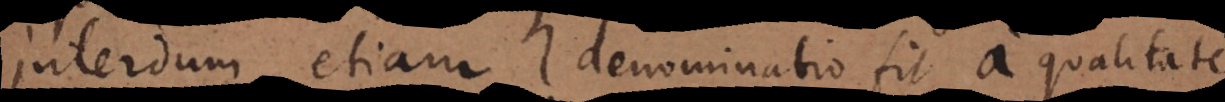
Interdum etiam denominatio fit a qualitate